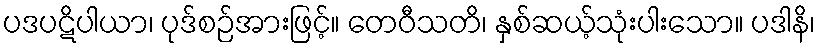
ပဒပဋိပါယာ၊ ပုဒ်စဉ်အားဖြင့်။ တေဝီသတိ၊ နှစ်ဆယ့်သုံးပါးသော။ ပဒါနိ၊